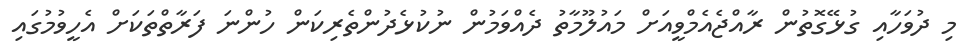
މި ދުވަހާއި ގުޅޭގޮތުން ރާއްޖެއެމްވީއަށް މައުލޫމާތު ދެއްވަމުން ނުކުޅެދުންތެރިކަން ހުންނަ ފަރާތްތަކަށް އެހީވުމުގައި